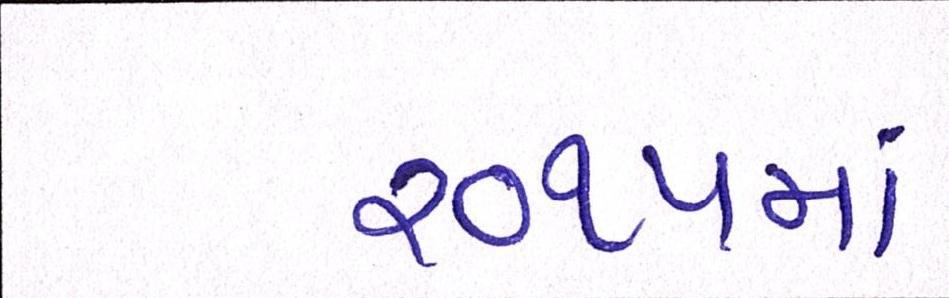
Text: ૨૦૧૫માં